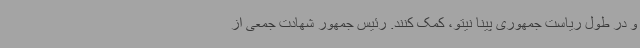
و در طول ریاست جمهوری پینا نیتو، کمک کنند. رئیس جمهور شهادت جمعی از